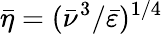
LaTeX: \bar{\eta}=(\bar{\nu}^{3}/\bar{\varepsilon})^{1/4}